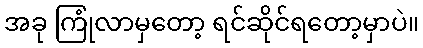
အခု ကြုံလာမှတော့ ရင်ဆိုင်ရတော့မှာပဲ။